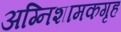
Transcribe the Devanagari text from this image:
अग्निशामकगृह